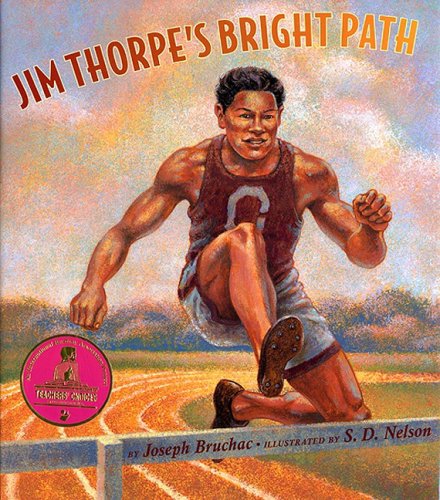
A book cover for Jim Thorpe's Bright Path; Joseph Bruchac; Children's Books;